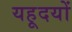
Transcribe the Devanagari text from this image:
यहूदयों